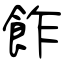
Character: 飵